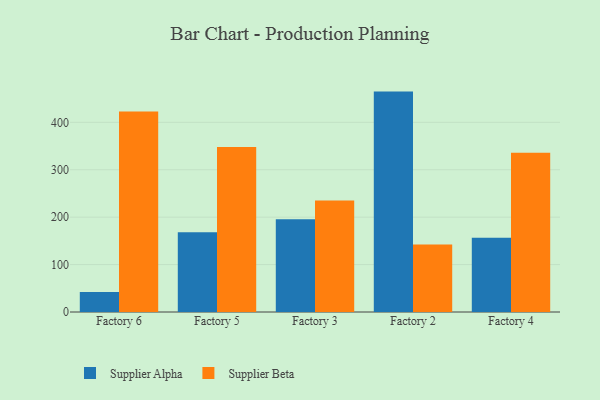
{"axis": {"x": "Factory", "y": "Page Views"}, "legend": ["Supplier Alpha", "Supplier Beta"], "data": [{"x": "Factory 6", "y": 42.1, "type": "Supplier Alpha"}, {"x": "Factory 6", "y": 422.7, "type": "Supplier Beta"}, {"x": "Factory 5", "y": 168.1, "type": "Supplier Alpha"}, {"x": "Factory 5", "y": 348.0, "type": "Supplier Beta"}, {"x": "Factory 3", "y": 195.4, "type": "Supplier Alpha"}, {"x": "Factory 3", "y": 235.2, "type": "Supplier Beta"}, {"x": "Factory 2", "y": 464.8, "type": "Supplier Alpha"}, {"x": "Factory 2", "y": 142.1, "type": "Supplier Beta"}, {"x": "Factory 4", "y": 156.8, "type": "Supplier Alpha"}, {"x": "Factory 4", "y": 335.7, "type": "Supplier Beta"}]}